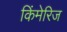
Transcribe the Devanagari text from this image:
किंमेरिज